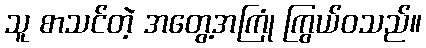
သူ စာသင်တဲ့ အတွေ့အကြုံ ကြွယ်ဝသည်။